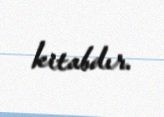
kitabdır.